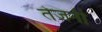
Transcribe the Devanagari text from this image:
तेजनी